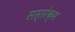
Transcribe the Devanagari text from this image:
सस्सेक्स